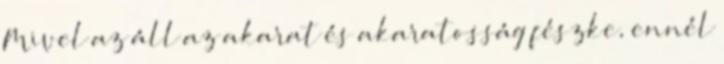
Mivel az áll az akarat és akaratosság fészke, ennél